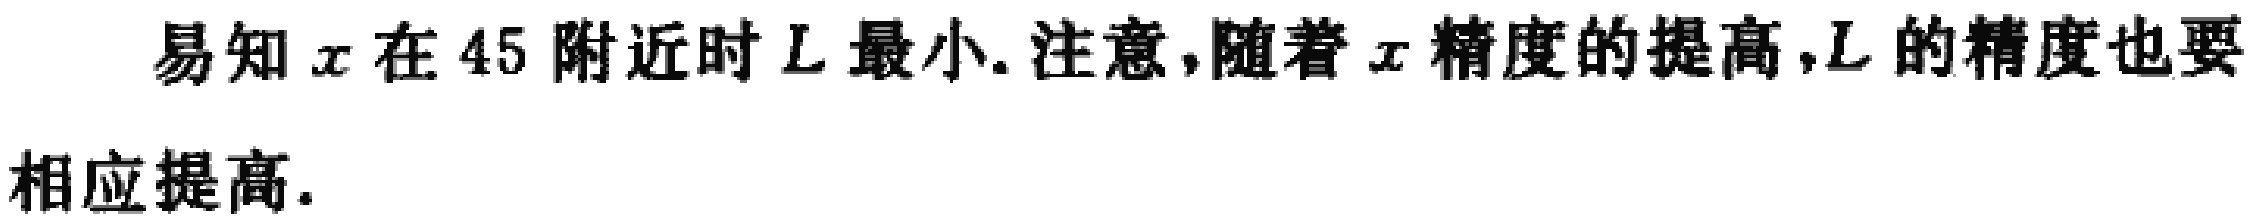
易知 \(x\) 在 45 附近时 \(L\) 最小. 注意,随着 \(x\) 精度的提高,\(L\) 的精度也要相应提高.